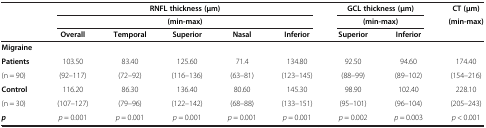
<table><thead><tr><td><b> </b></td><td colspan="5"><b>RNFL thickness (μm)</b></td><td colspan="2"><b>GCL thickness (μm)</b></td><td><b>CT (μm)</b></td></tr><tr><td><b> </b></td><td colspan="5"><b>(min-max)</b></td><td colspan="2"><b>(min-max)</b></td><td><b>(min-max)</b></td></tr><tr><td><b> </b></td><td><b>Overall</b></td><td><b>Temporal</b></td><td><b>Superior</b></td><td><b>Nasal</b></td><td><b>Inferior</b></td><td><b>Superior</b></td><td><b>Inferior</b></td><td><b> </b></td></tr></thead><tbody><tr><td><b>Migraine</b></td><td> </td><td> </td><td> </td><td> </td><td> </td><td> </td><td> </td><td> </td></tr><tr><td><b>Patients</b></td><td>103.50</td><td>83.40</td><td>125.60</td><td>71.4</td><td>134.80</td><td>92.50</td><td>94.60</td><td>174.40</td></tr><tr><td>(n = 90)</td><td>(92–117)</td><td>(72–92)</td><td>(116–136)</td><td>(63–81)</td><td>(123–145)</td><td>(88–99)</td><td>(89–102)</td><td>(154–216)</td></tr><tr><td><b>Control</b></td><td>116.20</td><td>86.30</td><td>136.40</td><td>80.60</td><td>145.30</td><td>98.90</td><td>102.40</td><td>228.10</td></tr><tr><td>(n = 30)</td><td>(107–127)</td><td>(79–96)</td><td>(122–142)</td><td>(68–88)</td><td>(133–151)</td><td>(95–101)</td><td>(96–104)</td><td>(205–243)</td></tr><tr><td><b><i>p</i></b></td><td><i>p</i> = 0.001</td><td><i>p</i> = 0.001</td><td><i>p</i> = 0.001</td><td><i>p</i> = 0.001</td><td><i>p</i> = 0.001</td><td><i>p</i> = 0.002</td><td><i>p</i> = 0.003</td><td><i>p</i> &lt; 0.001</td></tr></tbody></table>